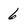
Character: 6